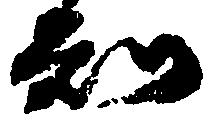
知